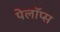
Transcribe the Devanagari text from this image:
पेलॉप्स